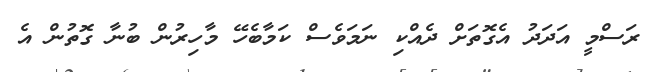
ރަސްމީ އަދަދު އެގޮތަށް ދެއްކި ނަމަވެސް ކަމާބެހޭ މާހިރުން ބުނާ ގޮތުން އެ